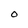
Character: O